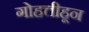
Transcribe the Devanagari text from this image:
गोहत्तीहून